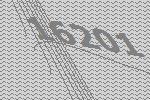
16201